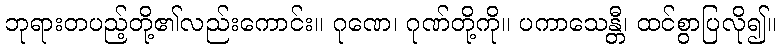
ဘုရားတပည့်တို့၏လည်းကောင်း။ ဂုဏေ၊ ဂုဏ်တို့ကို။ ပကာသေန္တီ၊ ထင်စွာပြလို၍။